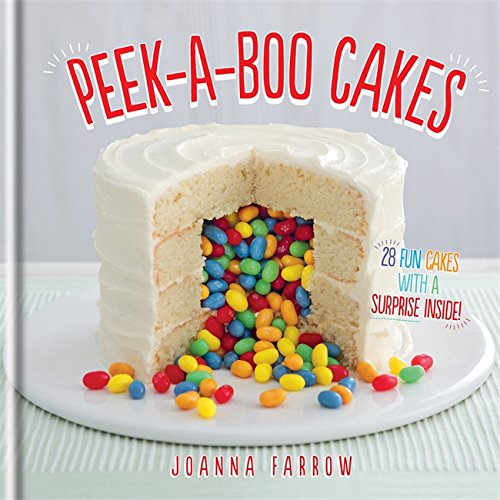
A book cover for Peek-a-boo Cakes: 28 fun cakes with a surprise inside!; Joanna Farrow; Cookbooks, Food & Wine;